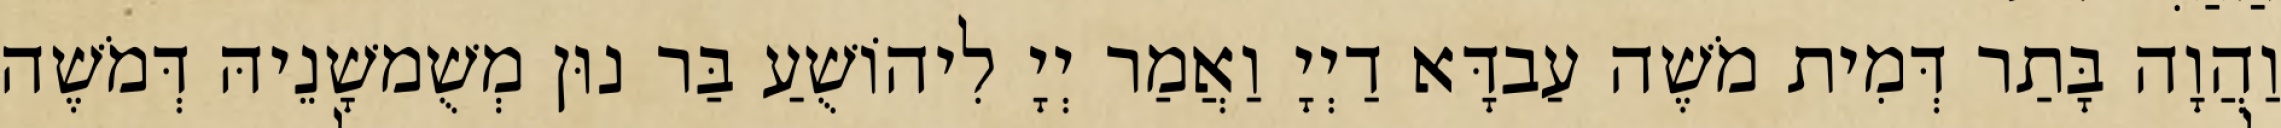
וַהֲוָה בָּתַר דְּמִית מֹשֶׁה עַבדָּא דַיְיָ וַאֲמַר יְיָ לִיהוֹשֻׁעַ בַּר נוּן מְשֻׁמשָׁנֵיהּ דְּמֹשֶׁה